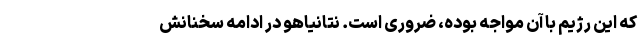
که این رژیم با آن مواجه بوده،‌ ضروری است. نتانیاهو در ادامه سخنانش